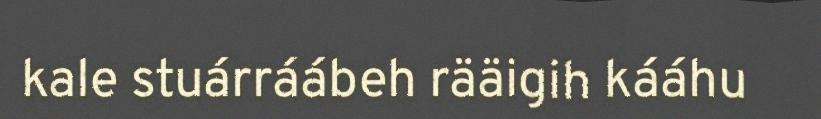
kale stuárráábeh rääigih kááhu